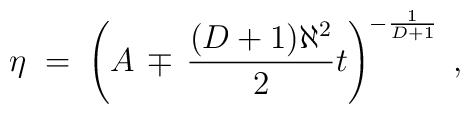
\eta \;=\; \left(               A \,\mp\, \frac{(D+1)\aleph^{2}}{2}t            \right)^{-\frac{1}{D+1}} \; ,